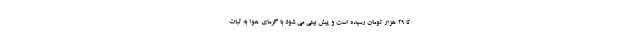
تا ۲۹ هزار تومان رسیده است و پیش بینی می شود با گرمای هوا به ثبات